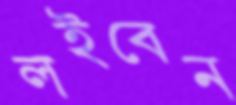
লইবেন